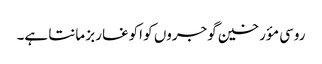
روسی مؤرخین گوجروں کو اکوغا ربز مانتا ہے۔